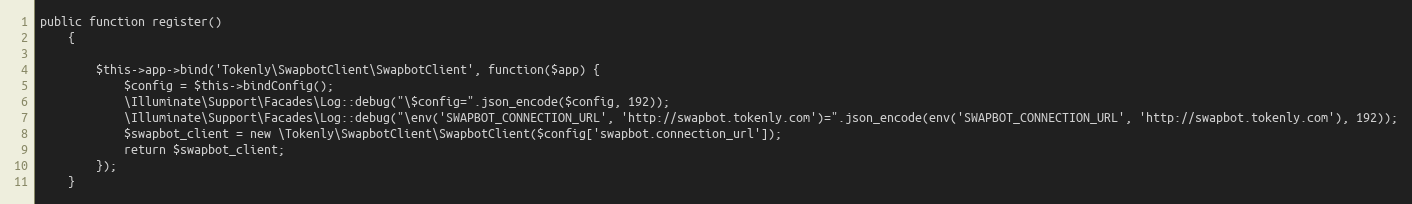
Language: PHP
public function register()
    {

        $this->app->bind('Tokenly\SwapbotClient\SwapbotClient', function($app) {
            $config = $this->bindConfig();
            \Illuminate\Support\Facades\Log::debug("\$config=".json_encode($config, 192));
            \Illuminate\Support\Facades\Log::debug("\env('SWAPBOT_CONNECTION_URL', 'http://swapbot.tokenly.com')=".json_encode(env('SWAPBOT_CONNECTION_URL', 'http://swapbot.tokenly.com'), 192));
            $swapbot_client = new \Tokenly\SwapbotClient\SwapbotClient($config['swapbot.connection_url']);
            return $swapbot_client;
        });
    }